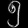
Digit: ၅